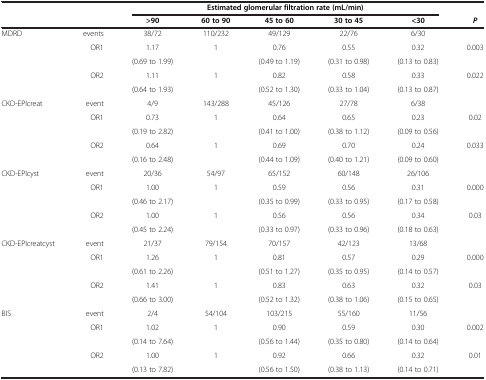
<table><thead><tr><td><b> </b></td><td><b> </b></td><td colspan="5"><b>Estimated glomerular filtration rate (mL/min)</b></td><td><b> </b></td></tr><tr><td><b> </b></td><td><b> </b></td><td><b>&gt;90</b></td><td><b>60 to 90</b></td><td><b>45 to 60</b></td><td><b>30 to 45</b></td><td><b>&lt;30</b></td><td><b><i>P</i></b></td></tr></thead><tbody><tr><td rowspan="5">MDRD</td><td>events</td><td>38/72</td><td>110/232</td><td>49/129</td><td>22/76</td><td>6/30</td><td> </td></tr><tr><td rowspan="2">OR1</td><td>1.17</td><td rowspan="2">1</td><td>0.76</td><td>0.55</td><td>0.32</td><td rowspan="2">0.003</td></tr><tr><td>(0.69 to 1.99)</td><td>(0.49 to 1.19)</td><td>(0.31 to 0.98)</td><td>(0.13 to 0.83)</td></tr><tr><td rowspan="2">OR2</td><td>1.11</td><td rowspan="2">1</td><td>0.82</td><td>0.58</td><td>0.33</td><td rowspan="2">0.022</td></tr><tr><td>(0.64 to 1.93)</td><td>(0.52 to 1.30)</td><td>(0.33 to 1.04)</td><td>(0.13 to 0.87)</td></tr><tr><td rowspan="5">CKD-EPIcreat</td><td>event</td><td>4/9</td><td>143/288</td><td>45/126</td><td>27/78</td><td>6/38</td><td> </td></tr><tr><td rowspan="2">OR1</td><td>0.73</td><td rowspan="2">1</td><td>0.64</td><td>0.65</td><td>0.23</td><td rowspan="2">0.02</td></tr><tr><td>(0.19 to 2.82)</td><td>(0.41 to 1.00)</td><td>(0.38 to 1.12)</td><td>(0.09 to 0.56)</td></tr><tr><td rowspan="2">OR2</td><td>0.64</td><td rowspan="2">1</td><td>0.69</td><td>0.70</td><td>0.24</td><td rowspan="2">0.033</td></tr><tr><td>(0.16 to 2.48)</td><td>(0.44 to 1.09)</td><td>(0.40 to 1.21)</td><td>(0.09 to 0.60)</td></tr><tr><td rowspan="5">CKD-EPIcyst</td><td>event</td><td>20/36</td><td>54/97</td><td>65/152</td><td>60/148</td><td>26/106</td><td> </td></tr><tr><td rowspan="2">OR1</td><td>1.00</td><td rowspan="2">1</td><td>0.59</td><td>0.56</td><td>0.31</td><td rowspan="2">0.000</td></tr><tr><td>(0.46 to 2.17)</td><td>(0.35 to 0.99)</td><td>(0.33 to 0.95)</td><td>(0.17 to 0.58)</td></tr><tr><td rowspan="2">OR2</td><td>1.00</td><td rowspan="2">1</td><td>0.56</td><td>0.56</td><td>0.34</td><td rowspan="2">0.03</td></tr><tr><td>(0.45 to 2.24)</td><td>(0.33 to 0.97)</td><td>(0.33 to 0.96)</td><td>(0.18 to 0.63)</td></tr><tr><td rowspan="5">CKD-EPIcreatcyst</td><td>event</td><td>21/37</td><td>79/154</td><td>70/157</td><td>42/123</td><td>13/68</td><td> </td></tr><tr><td rowspan="2">OR1</td><td>1.26</td><td rowspan="2">1</td><td>0.81</td><td>0.57</td><td>0.29</td><td rowspan="2">0.000</td></tr><tr><td>(0.61 to 2.26)</td><td>(0.51 to 1.27)</td><td>(0.35 to 0.95)</td><td>(0.14 to 0.57)</td></tr><tr><td rowspan="2">OR2</td><td>1.41</td><td rowspan="2">1</td><td>0.83</td><td>0.63</td><td>0.32</td><td rowspan="2">0.03</td></tr><tr><td>(0.66 to 3.00)</td><td>(0.52 to 1.32)</td><td>(0.38 to 1.06)</td><td>(0.15 to 0.65)</td></tr><tr><td>BIS</td><td>event</td><td>2/4</td><td>54/104</td><td>103/215</td><td>55/160</td><td>11/56</td><td> </td></tr><tr><td rowspan="2"> </td><td rowspan="2">OR1</td><td>1.02</td><td rowspan="2">1</td><td>0.90</td><td>0.59</td><td>0.30</td><td rowspan="2">0.002</td></tr><tr><td>(0.14 to 7.64)</td><td>(0.56 to 1.44)</td><td>(0.35 to 0.80)</td><td>(0.14 to 0.64)</td></tr><tr><td rowspan="2"> </td><td rowspan="2">OR2</td><td>1.00</td><td rowspan="2">1</td><td>0.92</td><td>0.66</td><td>0.32</td><td rowspan="2">0.01</td></tr><tr><td>(0.13 to 7.82)</td><td>(0.56 to 1.50)</td><td>(0.38 to 1.13)</td><td>(0.14 to 0.71)</td></tr></tbody></table>